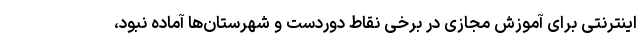
اینترنتی برای آموزش مجازی در برخی نقاط دوردست و شهرستان‌ها آماده نبود،